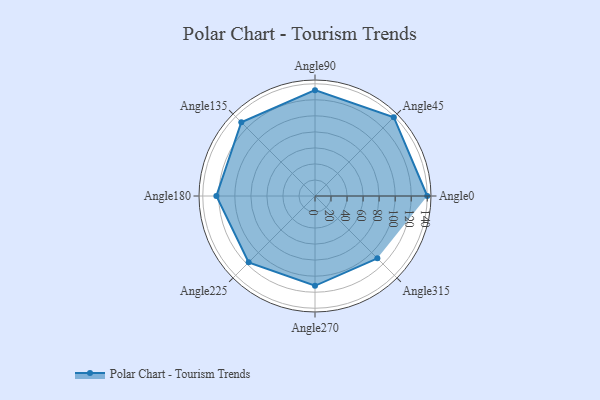
{"axis": {"x": "Angle", "y": "Radius"}, "legend": [""], "data": [{"x": "Angle0", "y": 140.0, "type": ""}, {"x": "Angle45", "y": 139.0, "type": ""}, {"x": "Angle90", "y": 132.0, "type": ""}, {"x": "Angle135", "y": 130.0, "type": ""}, {"x": "Angle180", "y": 123.0, "type": ""}, {"x": "Angle225", "y": 117.0, "type": ""}, {"x": "Angle270", "y": 112.0, "type": ""}, {"x": "Angle315", "y": 110.0, "type": ""}]}